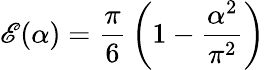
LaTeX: {\cal\mathscr{E}}(\alpha)={\frac{{\pi}}{{6}}}\left(1-{\frac{{\alpha^{2}}}{{\pi^{2}}}}\right)